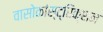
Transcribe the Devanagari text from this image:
वासोकांस्ट्रिक्शन